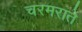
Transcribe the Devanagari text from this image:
चरमराते